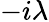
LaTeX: -i\lambda